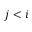
j < i